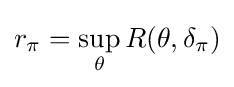
r_{\pi }=\sup _{\theta }R(\theta ,\delta _{\pi })